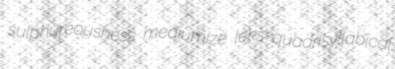
sulphureousness mediumize leks quadrisyllabical